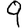
Digit: 9